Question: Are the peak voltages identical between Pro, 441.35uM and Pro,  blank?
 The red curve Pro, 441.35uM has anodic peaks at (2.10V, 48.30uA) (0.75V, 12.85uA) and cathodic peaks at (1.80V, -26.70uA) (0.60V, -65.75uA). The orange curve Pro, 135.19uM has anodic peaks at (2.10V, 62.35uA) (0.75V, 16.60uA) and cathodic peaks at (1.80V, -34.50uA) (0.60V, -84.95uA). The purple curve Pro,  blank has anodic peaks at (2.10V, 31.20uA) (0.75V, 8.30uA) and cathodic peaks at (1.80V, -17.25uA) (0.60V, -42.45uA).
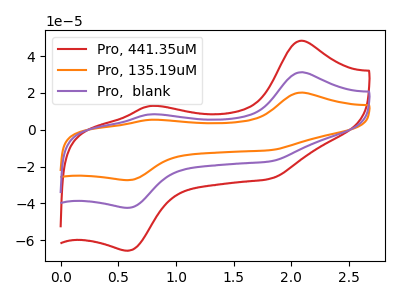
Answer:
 <answer>Yes, "Pro, 441.35uM" have a peak in "Pro,  blank" at the same potential.</answer>
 <eval>match</eval>